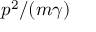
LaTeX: p ^ { 2 } / ( m \gamma )